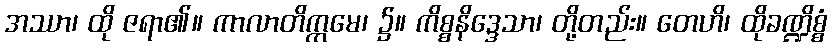
အဿာ၊ ထို ဇရာ၏။ ကာလာတိက္ကမေ၊ ၌။ ကိစ္စနိဒ္ဒေသာ၊ တို့တည်း။ တေဟိ၊ ထိုခဏ္ဍိစ္စံ